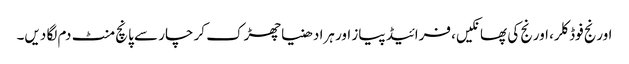
اورنج فوڈ کلر، اورنج کی پھانکیں، فرائیڈ پیاز اور ہرا دھنیا چھڑک کر چار سے پانچ منٹ دم لگا دیں۔